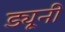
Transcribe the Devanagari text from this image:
ड्यूनी